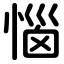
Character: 惱